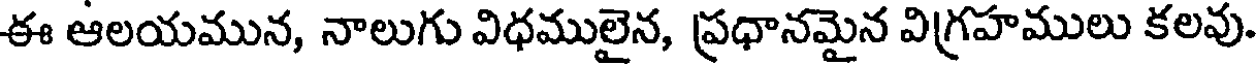
ఈ ఆలయమున, నాలుగు విధములైన, ప్రధానమైన విగ్రహములు కలవు.